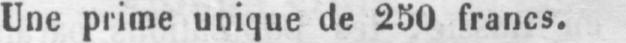
Une prime unique de 250 francs.